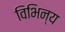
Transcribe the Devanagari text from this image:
विभिन्य